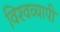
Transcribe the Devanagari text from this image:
विश्‍वव्यापी